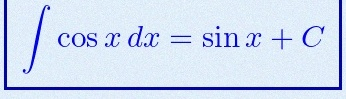
\int \cos x\,dx=\sin x+C